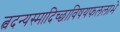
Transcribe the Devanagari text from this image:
त्वदन्यस्मादिच्छाविषयफललाभे